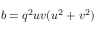
b = q ^ { 2 } u v ( u ^ { 2 } + v ^ { 2 } )